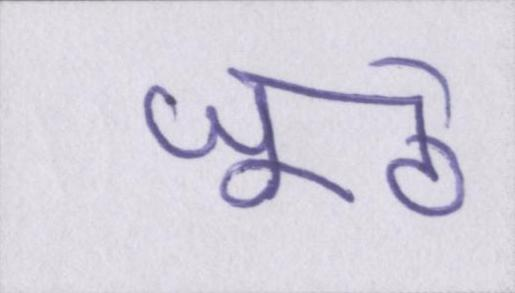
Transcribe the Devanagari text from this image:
जूठे